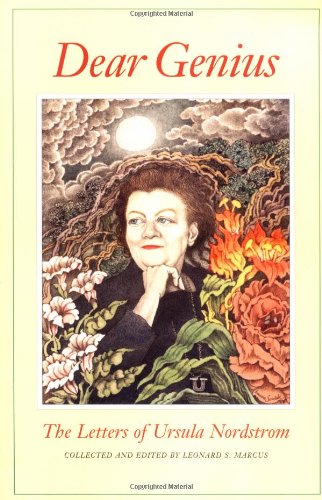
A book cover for Dear Genius: The Letters of Ursula Nordstrom; Leonard S. Marcus; Teen & Young Adult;